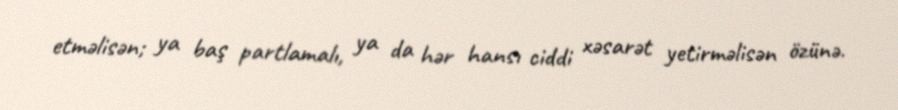
etməlisən; ya baş partlamalı, ya da hər hansı ciddi xəsarət yetirməlisən özünə.